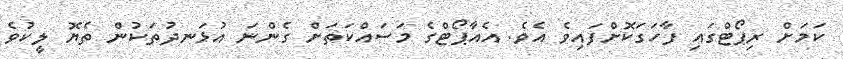
ކަމަށް ރިޕޯޓްގައި ފާހަގަކޮށްފައިވެ އެވެ. އެއާޕޯޓްގެ މަސައްކަތަށް ގެންނަ އުޅަނދުތަކުން ތެޔޮ ލީކުވެ